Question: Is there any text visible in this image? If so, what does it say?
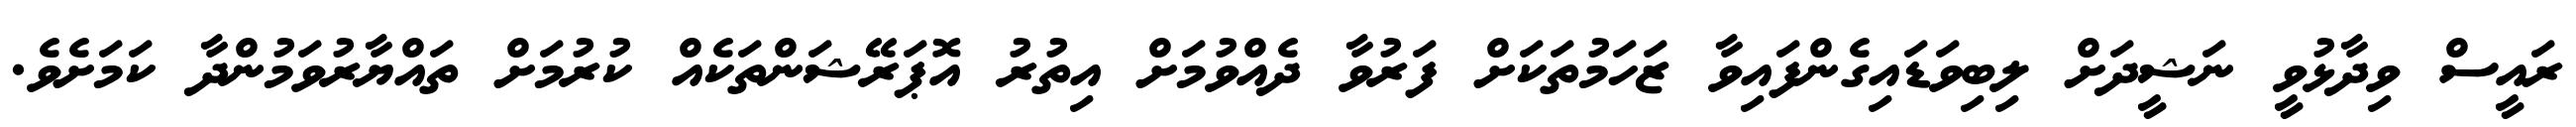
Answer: ރައީސް ވިދާޅުވީ ނަޝީދަށް ލިބިވަޑައިގެންފައިވާ ޒަހަމުތަކަށް ފަރުވާ ދެއްވުމަށް އިތުރު އޮޕަރޭޝަންތަކެއް ކުރުމަށް ތައްޔާރުވަމުންދާ ކަމަށެވެ.